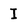
Character: I